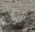
قبل